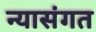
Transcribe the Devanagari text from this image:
न्यासंगत